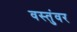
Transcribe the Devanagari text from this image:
वस्तुंवर